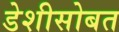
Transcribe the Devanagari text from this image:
डेशीसोबत